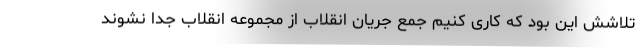
تلاشش این بود که کاری کنیم جمع جریان انقلاب از مجموعه انقلاب جدا نشوند